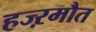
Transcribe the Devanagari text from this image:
हज्ऱमौत